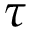
\tau